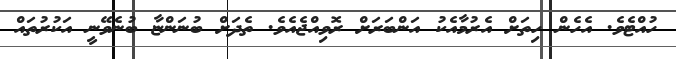
ހުއްޓެވެ. އެހެން ހިތަށް އެރުމާއެކު އަންބަރަށް ރޮވިއްޖެއެވެ. ތެދަށް ބުނަންޏާ ބުނެވޭނީ އަކުރުތައް